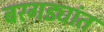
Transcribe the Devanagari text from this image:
बरगड्यांत